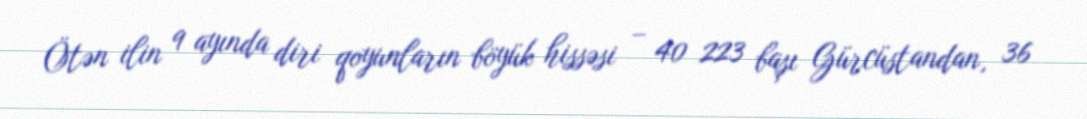
Ötən ilin 9 ayında diri qoyunların böyük hissəsi – 40 223 başı Gürcüstandan, 36